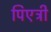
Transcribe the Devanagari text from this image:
पिएत्री